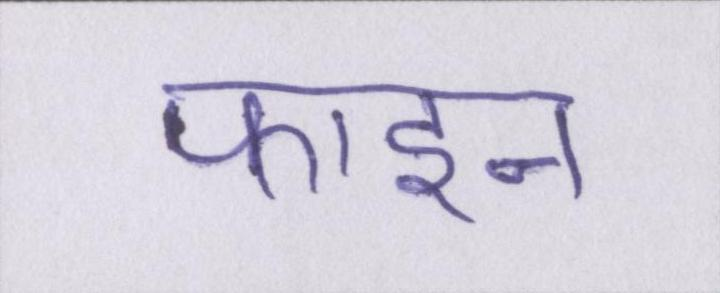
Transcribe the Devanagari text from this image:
फाइन